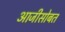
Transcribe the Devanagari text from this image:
आजीसोबत